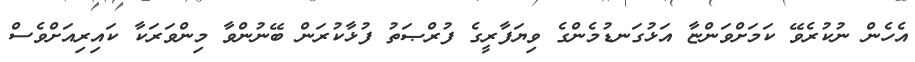
އެހެން ނުކުރެވޭ ކަމަށްވަންޏާ އަޅުގަނޑުމެންގެ ވިޔަފާރީގެ ފުރްޞަތު ފުޅާކުރަން ބޭނުންވާ މިންވަރަކާ ކައިރިއަށްވެސް